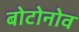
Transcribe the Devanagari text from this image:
बोटोनोव